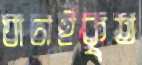
যাচাইকৃত